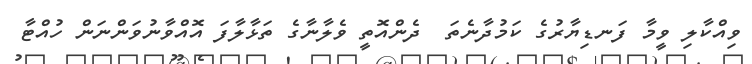
ވިއްކާލި ވީމާ ފަނޑިޔާރުގެ ކަމުދާނެތަ  ދެންއޮތީ ވެލާނާގެ ތަޅާލާފަ އޮއްވާނުވަންނަން ހުއްޓާ